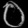
Digit: ၀